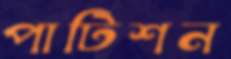
পাটিশন